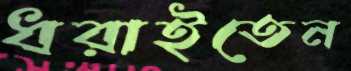
ধরাইতেন